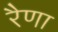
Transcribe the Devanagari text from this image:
रैणा